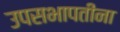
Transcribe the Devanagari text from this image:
उपसभापतींना